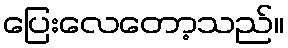
ပြေးလေတော့သည်။